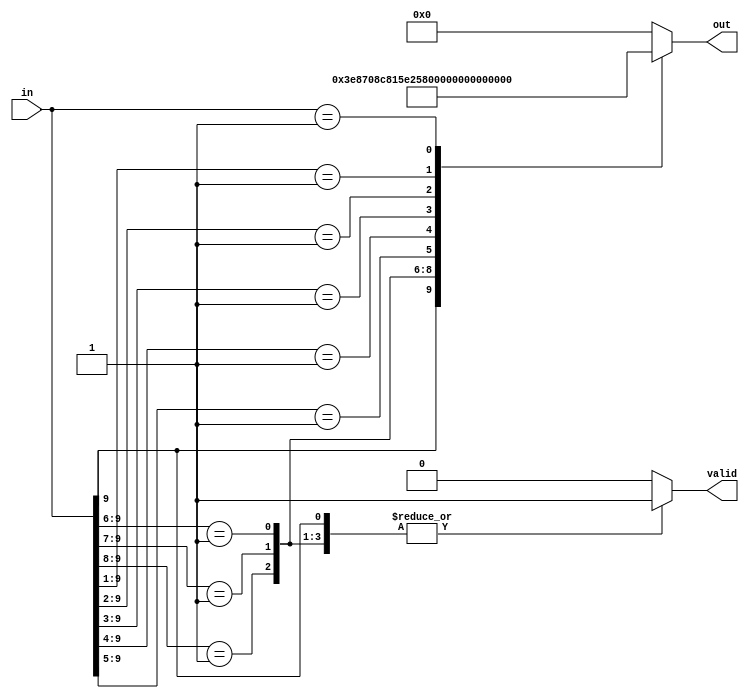
module Segment(
    input wire [9:0] in,
    output reg [10:0] out,
    output reg valid
);

always @(in) begin
	valid = 1;
	casex(in)
		11'b1xxxxxxxxx: out = 2000;
		11'b01xxxxxxxx: out = 1800;
		11'b001xxxxxxx: out = 1600;
		11'b0001xxxxxx: out = 1400;
		11'b00001xxxxx: out = 1200;
		11'b000001xxxx: out = 1000;
		11'b0000001xxx: out = 800;
		11'b00000001xx: out = 600;
		11'b000000001x: out = 400;
		11'b0000000001: out = 200;
		default: begin
			valid = 0;
			out = 11'b0;
		end
	endcase
end
endmodule